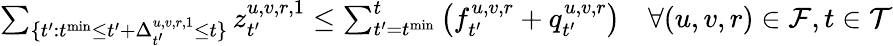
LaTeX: \begin{array}{r}{\sum_{\{ t^{\prime}:t^{\mathrm{min}}\leq t^{\prime}+\Delta_{t^{\prime}}^{u,v,r,1}\leq t\} }z_{t^{\prime}}^{u,v,r,1}\leq\sum_{t^{\prime}=t^{\mathrm{min}}}^{t}\left(f_{t^{\prime}}^{u,v,r}+q_{t^{\prime}}^{u,v,r}\right)\quad\forall(u,v,r)\in\mathcal{F},t\in\mathcal{T}}\end{array}